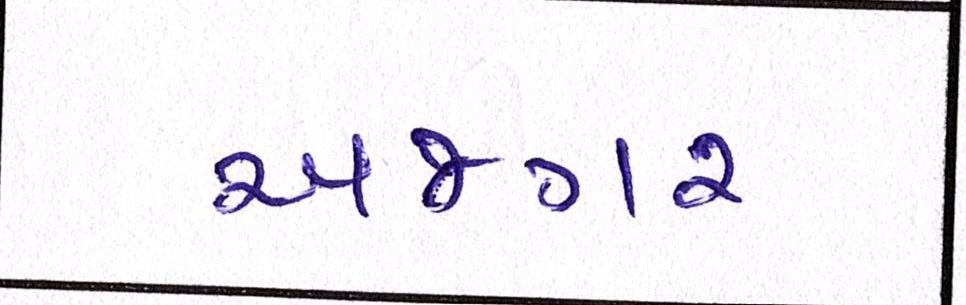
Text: અજગર